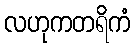
လဟုကတရိကံ